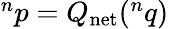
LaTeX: \begin{array}{r}{{}^{n}p=Q_{\mathrm{net}}({}^{n}q)}\end{array}